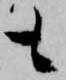
も